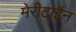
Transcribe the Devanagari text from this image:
मेरीटाईन